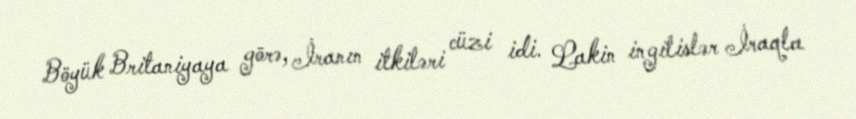
Böyük Britaniyaya görə, İranın itkiləri cüzi idi. Lakin ingilislər İraqla